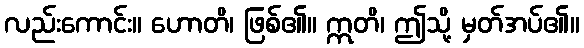
လည်းကောင်း။ ဟောတိ၊ ဖြစ်၏။ ဣတိ၊ ဤသို့ မှတ်အပ်၏။